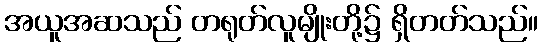
အယူအဆသည် တရုတ်လူမျိုးတို့၌ ရှိတတ်သည်။